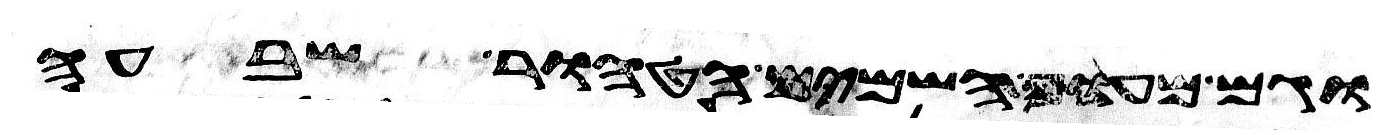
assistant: וגם מעוף השמים הטהור שבעה